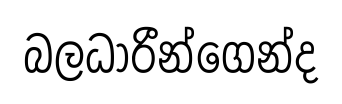
බලධාරීන්ගෙන්ද